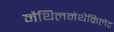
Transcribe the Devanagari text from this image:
मैथिलमेथैक्रिलेट